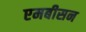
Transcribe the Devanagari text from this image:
एमबीसन